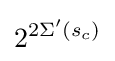
2^{2\Sigma '(s_{c})}